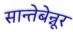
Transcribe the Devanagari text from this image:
सान्तेबेन्नूर